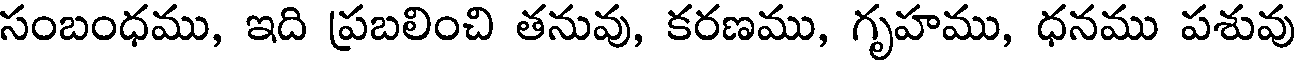
సంబంధము, ఇది ప్రబలించి తనువు, కరణము, గృహము, ధనము పశువు